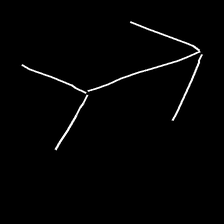
Glyph: gather